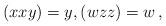
LaTeX: \begin{align*}(xxy)=y, (wzz)=w \, , \end{align*}